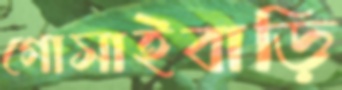
গোসাইবাড়ি